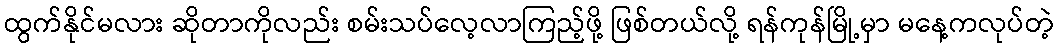
ထွက်နိုင်မလား ဆိုတာကိုလည်း စမ်းသပ်လေ့လာကြည့်ဖို့ ဖြစ်တယ်လို့ ရန်ကုန်မြို့မှာ မနေ့ကလုပ်တဲ့